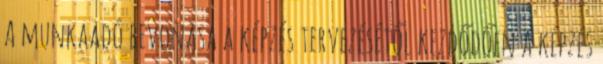
A munkaadó bevonása a képzés tervezésétől kezdődően a képzés